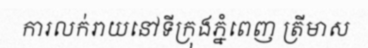
ការលក់រាយនៅទីក្រុងភ្នំពេញ ត្រីមាស